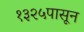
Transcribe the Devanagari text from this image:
१३२५पासून